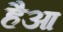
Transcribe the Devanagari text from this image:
हैआ